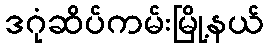
ဒဂုံဆိပ်ကမ်းမြို့နယ်